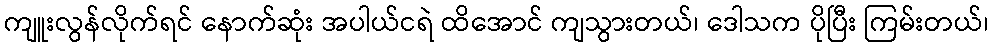
ကျူးလွန်လိုက်ရင် နောက်ဆုံး အပါယ်ငရဲ ထိအောင် ကျသွားတယ်၊ ဒေါသက ပိုပြီး ကြမ်းတယ်၊